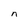
Character: n